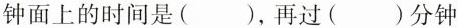
钟面上的时间是()，再过()分钟